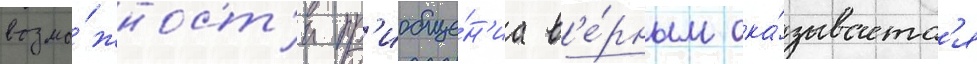
возмо́жност'и пр'иобще́н'иа в'е́рным ока́зываетс'я